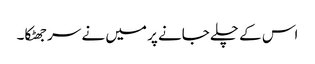
اس کے چلے جانے پر میں نے سر جھٹکا۔